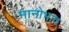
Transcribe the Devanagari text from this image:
मानोभाव